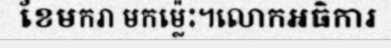
ខែមករា មកម្ល៉េះ។លោកអធិការ